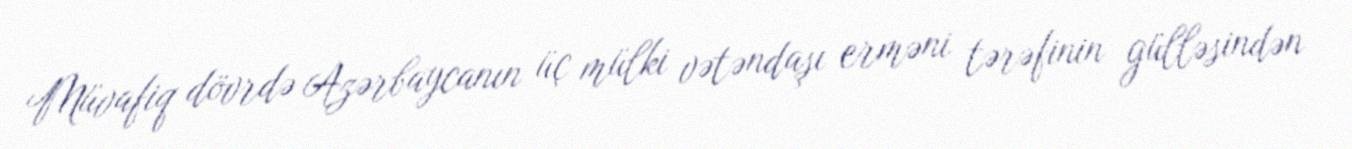
Müvafiq dövrdə Azərbaycanın üç mülki vətəndaşı erməni tərəfinin gülləsindən